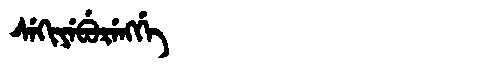
Manchu: ᠰᡝᡴᡳᠶᡝᠪᡠᡵᡝᠩᡤᡝ
Romanization: SEKIYEBURENGGE